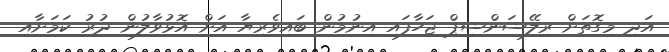
އަދި މިގޮތަށް ރިލޭޝަންޝިޕް ޖަހާފައި އިނުމުން ބައިވެރިޔާ އަށް އޮޅުވާލުން ދުރު ކަމަށާއި